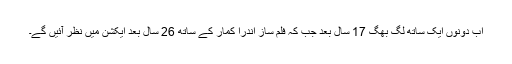
اب دونوں ایک ساتھ لگ بھگ 17 سال بعد جب کہ فلم ساز اندرا کمار کے ساتھ 26 سال بعد ایکشن میں نظر آئیں گے۔